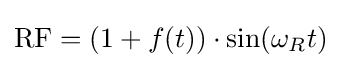
{\mbox{RF}}=(1+f(t))\cdot \sin(\omega _{R}t)